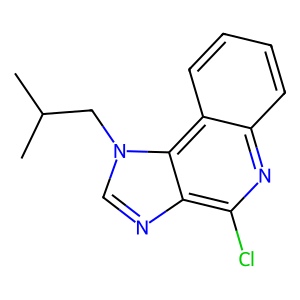
SMILES: CC(C)Cn1cnc2c(Cl)nc3ccccc3c21
Inhibits HIV replication: No